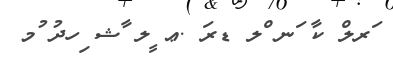
ަރލް ކާ ަނ ްލ ޑރަ .ޢ ީލ ާޝ ިހދު ުމ